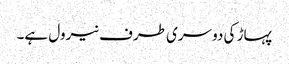
پہاڑ کی دوسری طرف نیرول ہے۔